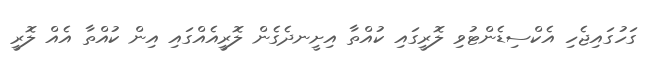
ގަހުގައިޖެހި އެކްސިޑެންޓުވި ލޮރީގައި ކުއްތާ އިށީނދެގެން ލޮރީއެއްގައި އިން ކުއްތާ އެއް ލޮރީ